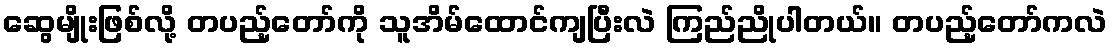
ဆွေမျိုးဖြစ်လို့ တပည့်တော်ကို သူအိမ်ထောင်ကျပြီးလဲ ကြည်ညိုပါတယ်။ တပည့်တော်ကလဲ